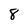
Character: 8